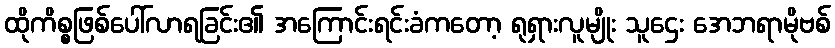
ထိုကိစ္စဖြစ်ပေါ်လာရခြင်း၏ အကြောင်းရင်းခံကတော့ ရုရှားလူမျိုး သူဌေး အေဘရာမိုဗစ်